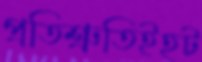
প্রতিশ্রুতিইহট